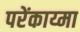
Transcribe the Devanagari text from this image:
परेंकाय्मा